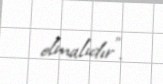
olmalıdır”.